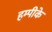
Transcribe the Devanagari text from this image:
हम्पीके